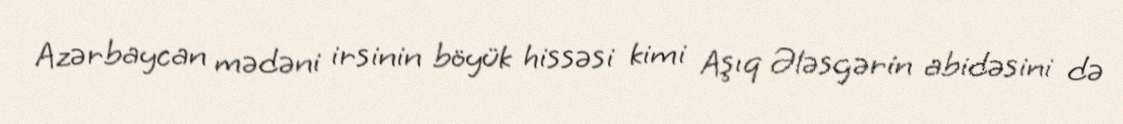
Azərbaycan mədəni irsinin böyük hissəsi kimi Aşıq Ələsgərin abidəsini də